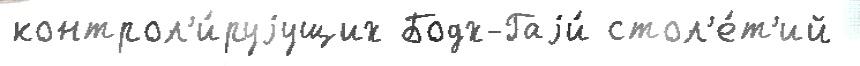
контрол'и́руjущих Бодх-Гаjи́ стол'е́т'ий